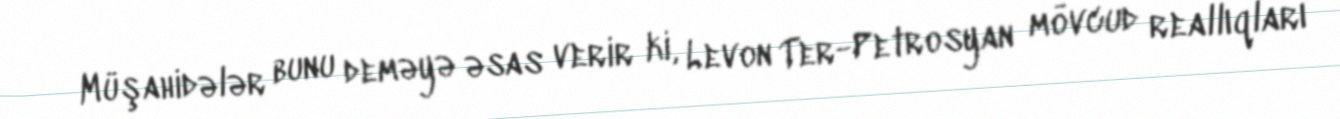
Müşahidələr bunu deməyə əsas verir ki, Levon Ter-Petrosyan mövcud reallıqları